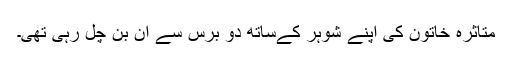
متاثرہ خاتون کی اپنے شوہر کےساتھ دو برس سے ان بن چل رہی تھی۔